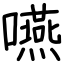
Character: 嚥